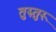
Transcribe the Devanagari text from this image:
तुरुतुरू